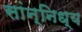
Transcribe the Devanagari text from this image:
सांन्निध्य